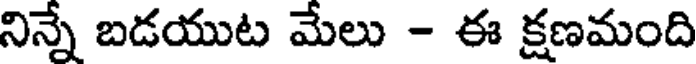
నిన్నే బడయుట మేలు - ఈ క్షణమంది